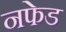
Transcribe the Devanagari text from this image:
नफेड